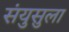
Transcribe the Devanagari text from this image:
संयुसुला